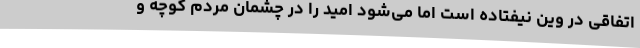
اتفاقی در وین نیفتاده است اما می‌شود امید را در چشمان مردم کوچه و